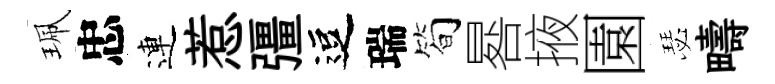
珮忠連惹彊逗瑞简晷掖園瑟疇